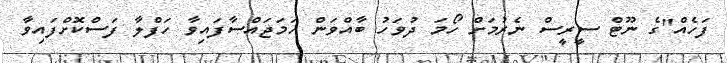
ފަހެއް"ގެ ނޫޓް ސީރީސް ނެރުމަށް ހޯމަ ދުވަހު ބާއްވަން ހަމަޖައްސާފައިވާ ހަފްލާ ފަސްކޮށްފައިވާ